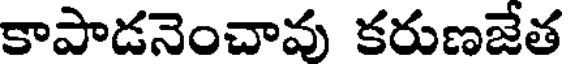
కాపాడనెంచావు కరుణజేత